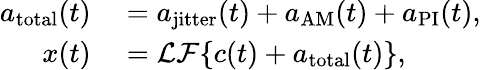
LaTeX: \begin{array}{rl}{a_{\mathrm{total}}(t)}&{{}=a_{\mathrm{jitter}}(t)+a_{\mathrm{AM}}(t)+a_{\mathrm{PI}}(t),}\\ {x(t)}&{{}=\mathcal{LF}\{ c(t)+a_{\mathrm{total}}(t)\} ,}\end{array}